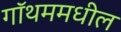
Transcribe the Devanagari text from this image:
गॉथममधील